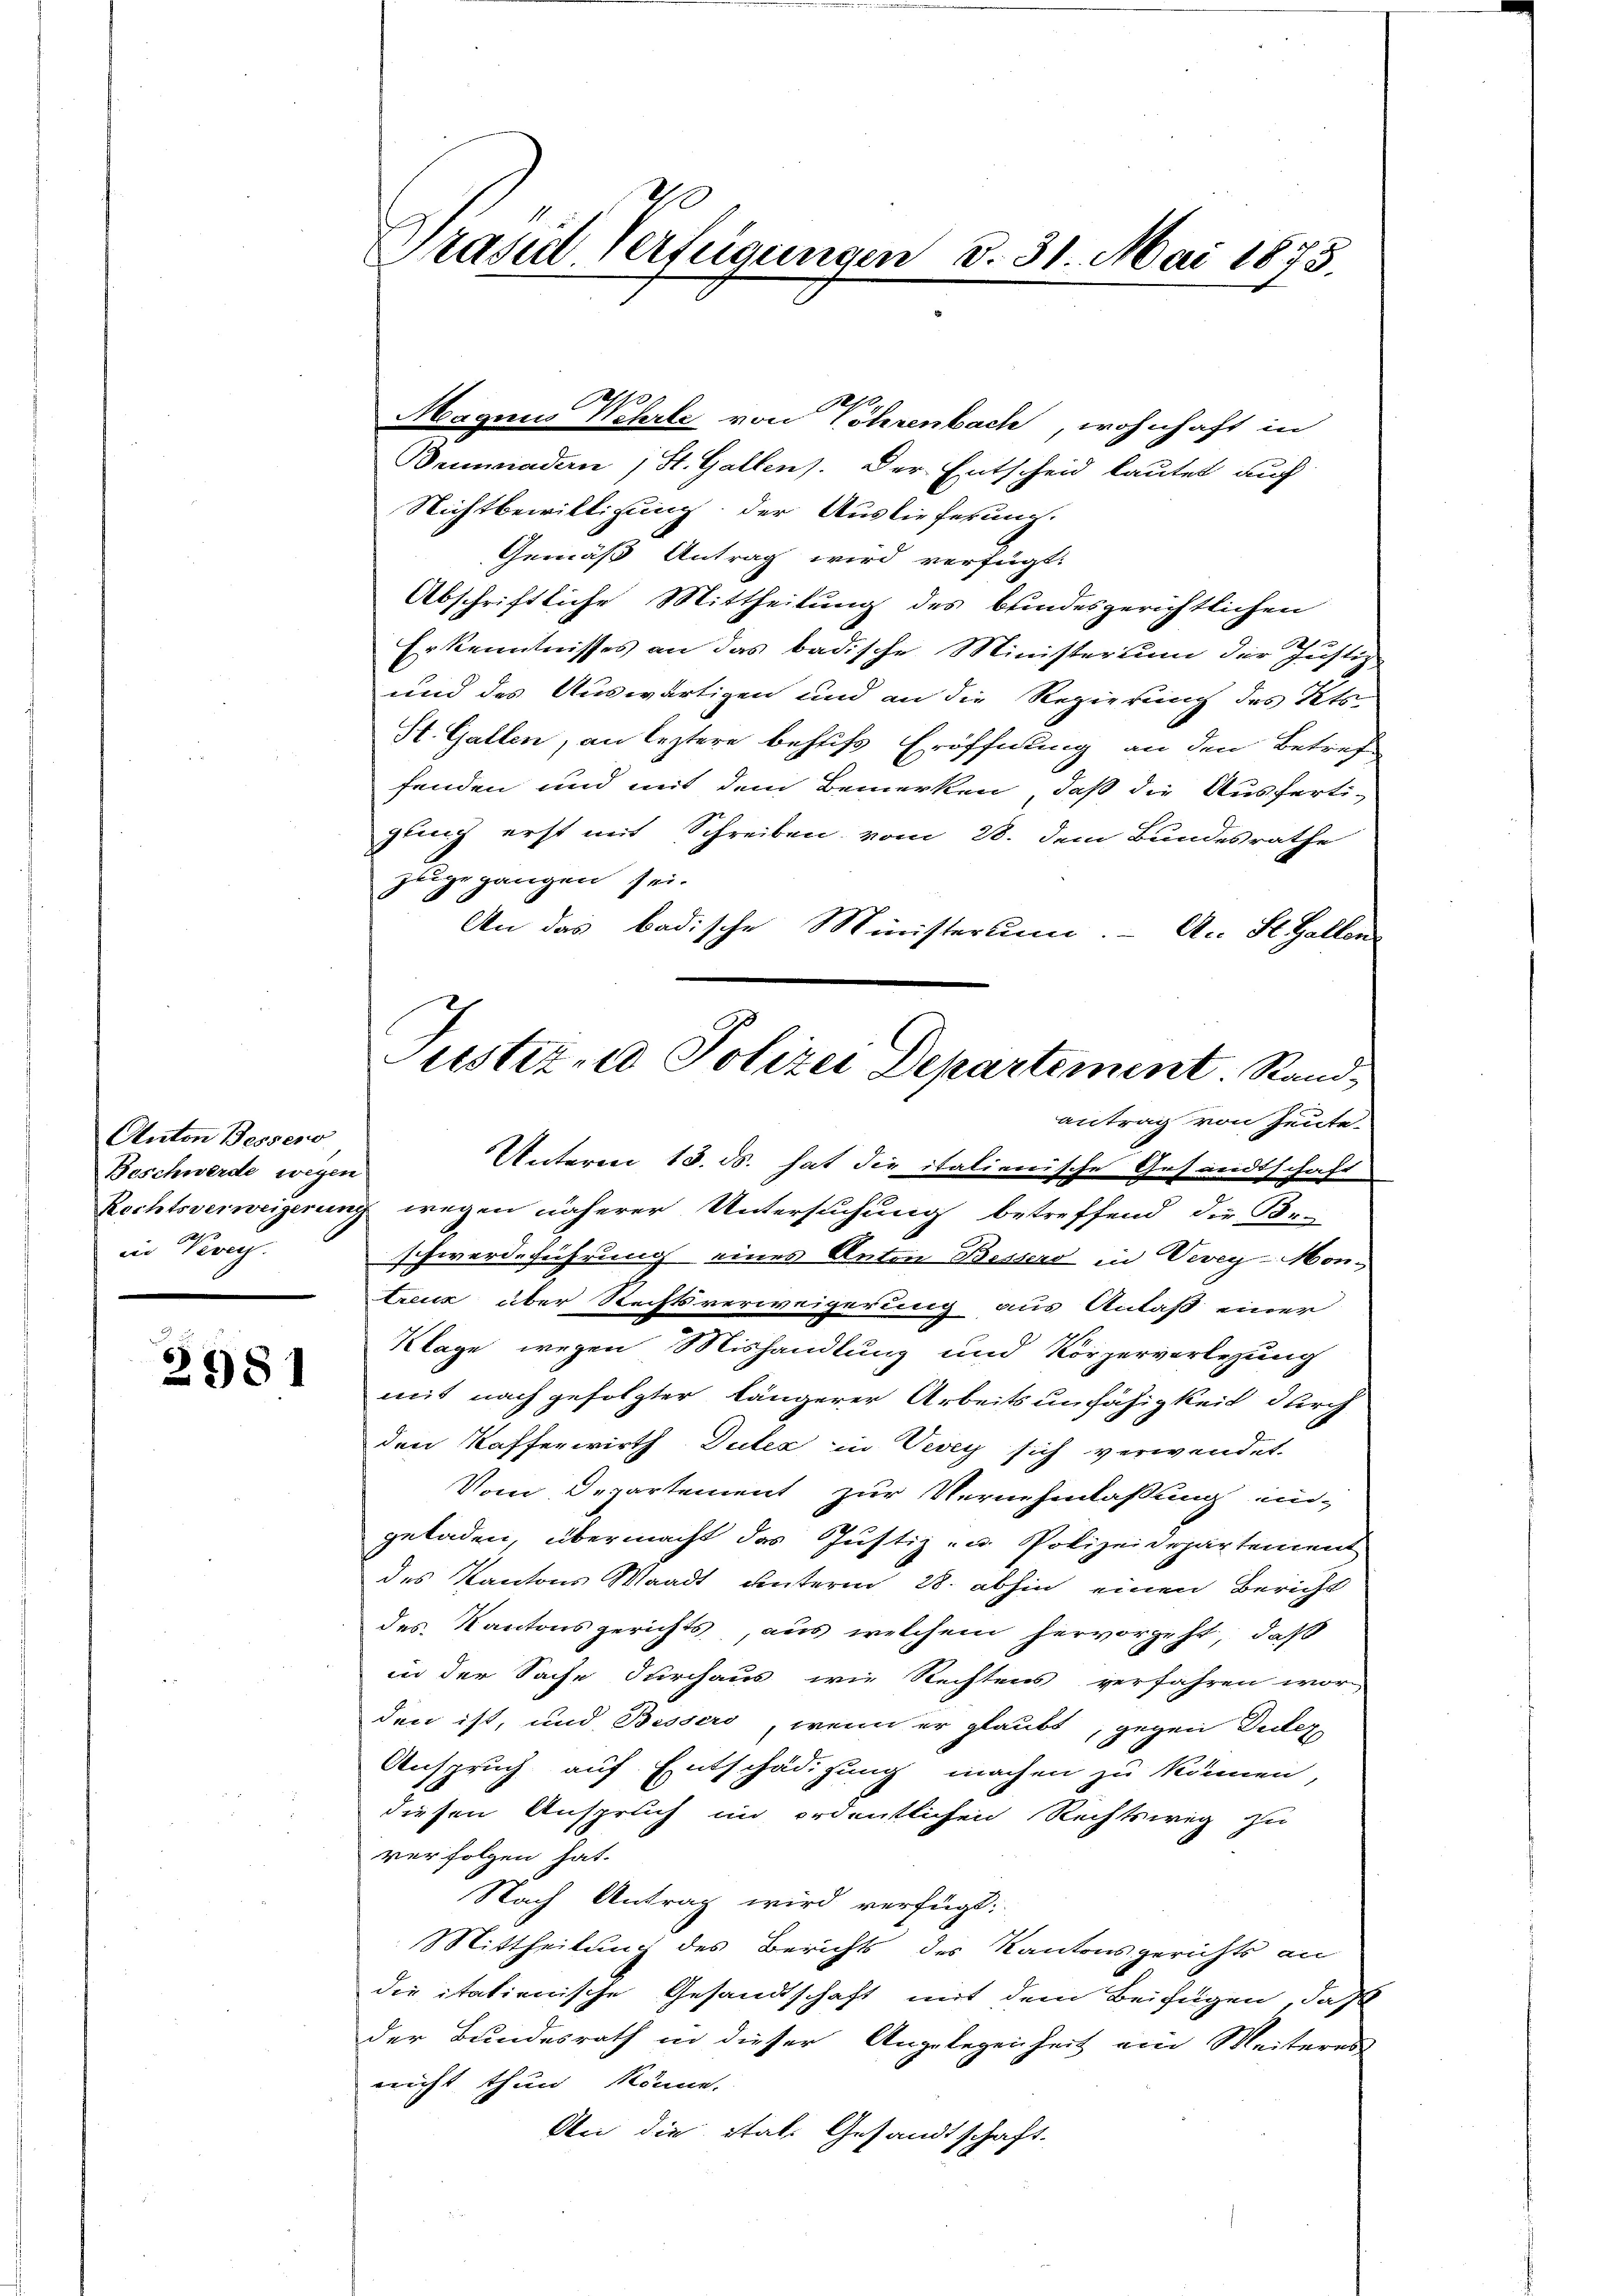
Anton Bessero
Beschwerde wegen
in Verei.

2981

Prased Verfügungen d. 31. Mai 1873.

Magnus Wehrte von Röhrenbach, wohnhaft in
Beumnadern; St. Gallen. Der Entscheid lautet auf
Nichtbewilligung der Auslieferung.
Gemäß Antrag wird verfügt:
Abschriftliche Mittheilung des bundesgerichtlichen
Erkenntnisses an das badische Ministerium der Justiz
und des Auswärtigen und an die Regierung des Kts.
St. Gallen, an leztere behufs Eröffnung an den Betref
fenden und mit dem Bemerken, daß die Ausferti-
gling erst mit Schreiben vom 28. dem Bundesrathe
zuge ganzen sei.
An das badische Ministerium. A. St. Gallen
Unterm 18. ds. hat die italienische Gesandtschaft
Rechtsverweigerung wegen näherer Untersuchung betreffend die For-
schwerdeführung eines Anton Bessero in Vevey-Mon¬
Creuz über Rechtsverweigerung aus Anlaß einer
Klage wegen Mishandlung und Körperverlegung
mit nach gefolgter längerer Arbeitsunfähigkeit durch
den Kafferwirth Dutes in Vevey sich verwendet.
Vom Departement zur Vernehmlaßung in-
geladen, übermacht das Justiz- u. Polizeidepartement
des Kantons Waadt unterm 28. abhin einen Bericht
des Kantonsgerichts, aus welchem hervorgeht, daß
in der Sache durchaus wie Rechtens verfahren wor
den ist, und Bessers, wenn er glaubt, gegen Diez
Anspruch auf Entschädigung machen zu können,
diesen Anspruch in ordentlichen Rechtsweg zu
verfolgen hat.
Nach Antrag wird verfügt:
Mittheilung des Berichts des Kantonsgerichts an
die italienische Gesandtschaft mit dem Beifügen, daß
der Bundesrath in dieser Angelegenheit ein Weiteres
nricht thun könne.
An die Stat. Gesandtschaft.

Justiz- & Polizei Departement. Rand
antrag von heute.